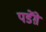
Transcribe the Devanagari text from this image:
पडेंग़े